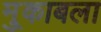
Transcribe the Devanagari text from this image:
मु्काबला